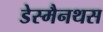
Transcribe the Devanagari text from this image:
डेस्मैनथस